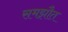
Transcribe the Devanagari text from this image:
समझौत